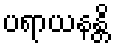
ပရာယနန္တိ